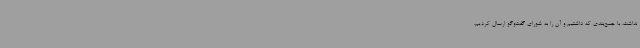
نداشت، با جمع‌بندی که داشتیم و آن را به شورای گفت‌و‌گو ارسال کردیم،